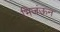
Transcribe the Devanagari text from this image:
भिजंऊन